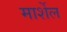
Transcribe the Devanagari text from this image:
मार्शेल